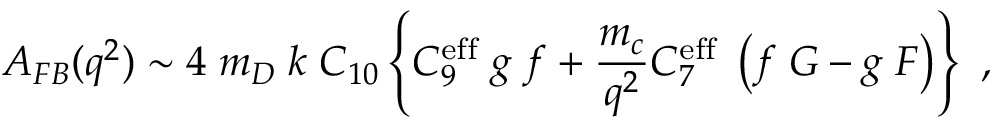
A _ { F B } ( q ^ { 2 } ) \sim 4 \; m _ { D } \; k \; C _ { 1 0 } \left\{ C _ { 9 } ^ { \mathrm { e f f } } \; g \; f + \frac { m _ { c } } { q ^ { 2 } } C _ { 7 } ^ { \mathrm { e f f } } \; \left( f \; G - g \; F \right) \right\} ~ ,